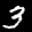
Label: 3